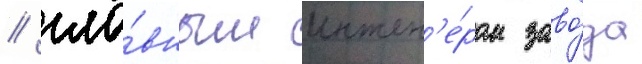
/ гла́вным инжен'е́ром заво́да